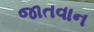
જાતવાન